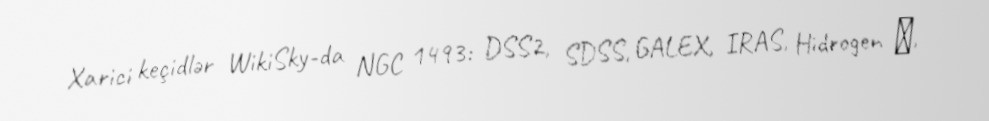
Xarici keçidlər WikiSky-da NGC 1493: DSS2, SDSS, GALEX, IRAS, Hidrogen α,